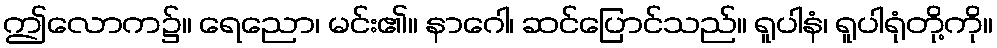
ဤလောက၌။ ရေညော၊ မင်း၏။ နာဂေါ၊ ဆင်ပြောင်သည်။ ရူပါနံ၊ ရူပါရုံတို့ကို။